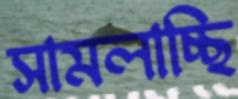
সামলাচ্ছি